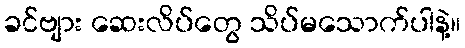
ခင်ဗျား ဆေးလိပ်တွေ သိပ်မသောက်ပါနဲ့။